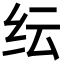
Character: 纭